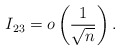
\begin{align*}I_{23} = o \left( \frac{ 1 }{\sqrt{n}} \right).\end{align*}